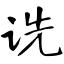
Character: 诜